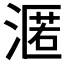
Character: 𭱶